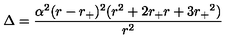
\Delta = \frac { \alpha ^ { 2 } ( r - { r _ { + } } ) ^ { 2 } ( r ^ { 2 } + 2 r _ { + } r + 3 { r _ { + } } ^ { 2 } ) } { r ^ { 2 } }